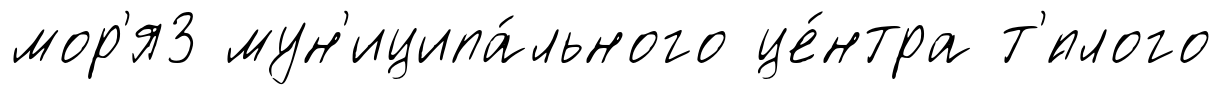
мор'я3 мун'иципа́льного це́нтра т'́плого